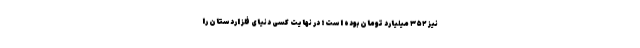
نیز ۳۵۲ میلیارد تومان بوده است؛ در نهایت کسی دنیای فلز اردستان را